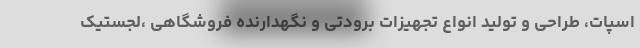
اسپات، طراحی و تولید انواع تجهیزات برودتی و نگهدارنده فروشگاهی ،لجستیک